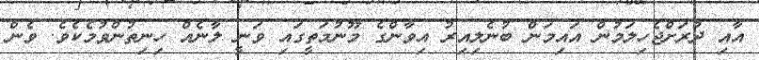
އާއި ދުރަށްޖެހިލަމުން އައިމަން ބުނެލިއިރު އިވާންގެ މޫނުމަތީގައި ވަނީ ލާނެއް ހިނިތުންވުމެކެވެ. ވެން